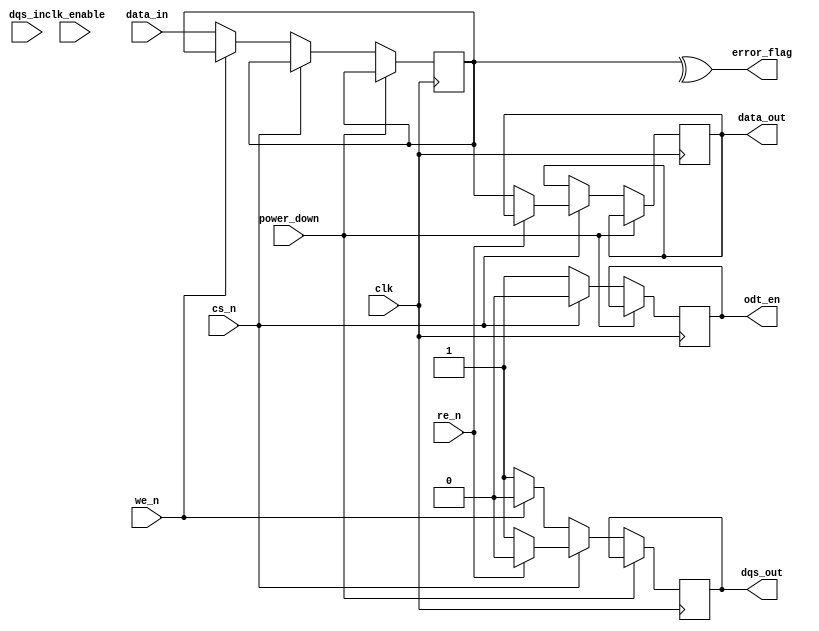
module gddr5_io_block (
    input wire clk,                   // Clock input
    input wire clk_enable,            // Clock enable
    input wire [31:0] data_in,        // Data input (32 bits)
    output reg [31:0] data_out,       // Data output (32 bits)
    input wire dqs_in,                // DQS input
    output reg dqs_out,               // DQS output (during write)
    input wire cs_n,                  // Chip select (active low)
    input wire we_n,                  // Write enable (active low)
    input wire re_n,                  // Read enable (active low)
    output wire error_flag,           // Error flag output
    output reg odt_en,                // On-die termination enable
    input wire power_down              // Power down signal
);

// Internal registers
reg [31:0] data_reg;
wire error_detected;

// Error detection (simple parity check for demonstration)
assign error_detected = ^data_reg; // Calculate parity of data
assign error_flag = error_detected; // Output error flag

always @(posedge clk) begin
    if (!power_down) begin
        if (!cs_n) begin
            // Write operation
            if (!we_n) begin
                data_reg <= data_in; // Capture the incoming data
                dqs_out <= 1'b1; // Drive DQS high during write
            end else begin
                dqs_out <= 1'b0; // DQS low when not writing
            end
        end else if (!re_n) begin
            // Read operation
            data_out <= data_reg; // Output stored data
            dqs_out <= 1'b1; // Drive DQS high during read
        end else begin
            dqs_out <= 1'b0; // DQS low when not reading
        end
    end
end

// Manage ODT (On-Die Termination)
always @(posedge clk) begin
    if (!power_down) begin
        if (cs_n) begin
            odt_en <= 1'b0; // Disable termination in inactive state
        end else begin
            odt_en <= 1'b1; // Enable termination when active
        end
    end
end

endmodule